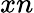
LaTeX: xn